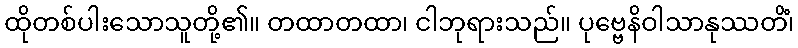
ထိုတစ်ပါးသောသူတို့၏။ တထာတထာ၊ ငါဘုရားသည်။ ပုဗ္ဗေနိဝါသာနုဿတိံ၊